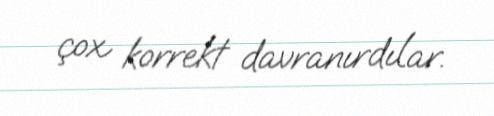
çox korrekt davranırdılar.